Annual report on the working of the lock hospitals in the Central Provinces
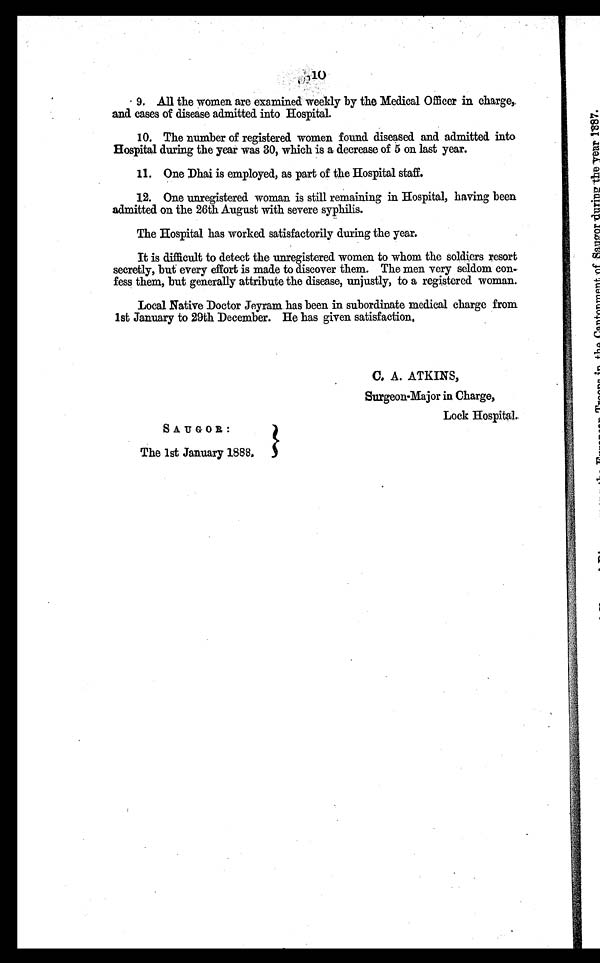
SAUGOR:
The 1st January 1888.
C. A. ATKINS,
Surgeon-Major in Charge,
Lock Hospital.
9. All the women are examined`Weekly by the Medical Officer in charge,.
and cases of disease admitted into Hospital.
10. The number of registered women found. diseased and admitted. into
Hospital during the year was 30, which is a decrease of 5 on last year.
11. One Dhai is employed, as part of the Hospital staff.
12. One unregistered. woman is still remaining in Hospital, having been
admitted on the 26th August with severe syphilis.
The Hospital has worked satisfactorily during the year.
It is difficult to detect the unregistered women to whom the soldiers resort
secretly, but every effort is made to discover them. The men very seldom con
- f e s s t h e m , b u t g e n e r a l l y a t t r i b u t e t h e d i s e a s e , u n j u s t l y , t o a r e g i s t e r e d w o m a n .
Local Native Doctor Jeyram has been in subordinate medical charge from
1st January to 29th December. He has given satisfaction.